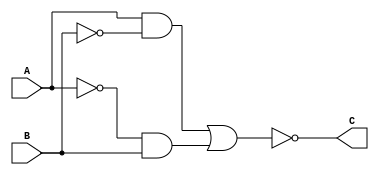
`timescale 1ns/1ps
module xnorMod(A, B, C);

    input A, B;
    output C;

    assign C = ~((A & ~B) | (~A & B));

endmodule

module tb;

    reg A, B;
    wire C;

    xnorMod xor1(A, B, C);

    initial begin
        $monitor("A = %b, B = %b, C = %b", A, B, C);
        A = 1;
        B = 1;
        #2;
        #15;
        A = 1;
        B = 0;
        #2;
        #15;
        A = 0;
        B = 1;
        #2;
        #15;
        A = 0;
        B = 0;
        #2;
        #15;
    end
    
endmodule